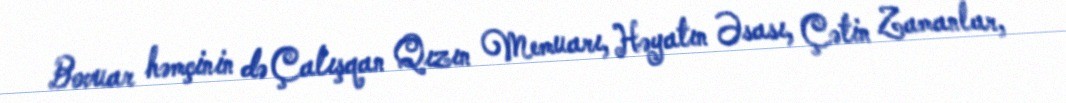
Bovuar həmçinin də Çalışqan Qızın Memuarı, Həyatın Əsası, Çətin Zamanlar,